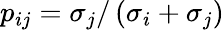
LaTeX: p_{ij}=\sigma_{j}/\left(\sigma_{i}+\sigma_{j}\right)